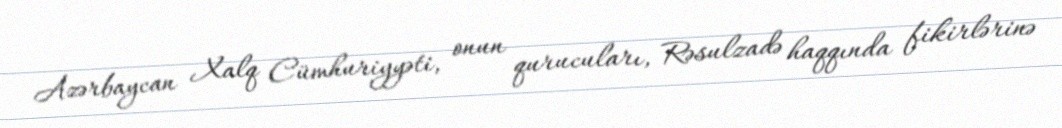
Azərbaycan Xalq Cümhuriyyəti, onun qurucuları, Rəsulzadə haqqında fikirlərinə